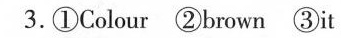
3.①Colour ②brown ③it